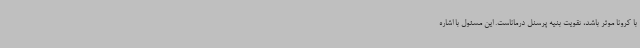
با کرونا موثر باشد، تقویت بنیه پرسنل درماناست. این مسئول با اشاره